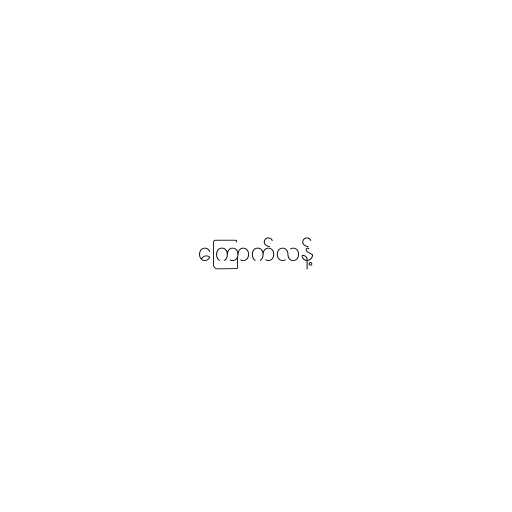
ကြောက်လန့်